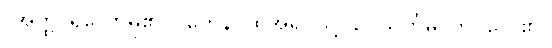
(အတ္ထိ၊ ရှိတော်မူ၏။) တေန၊ ထိုအရပ်သို့။ ဥပသင်္ကမိ၊ ကပ်လေ၏။